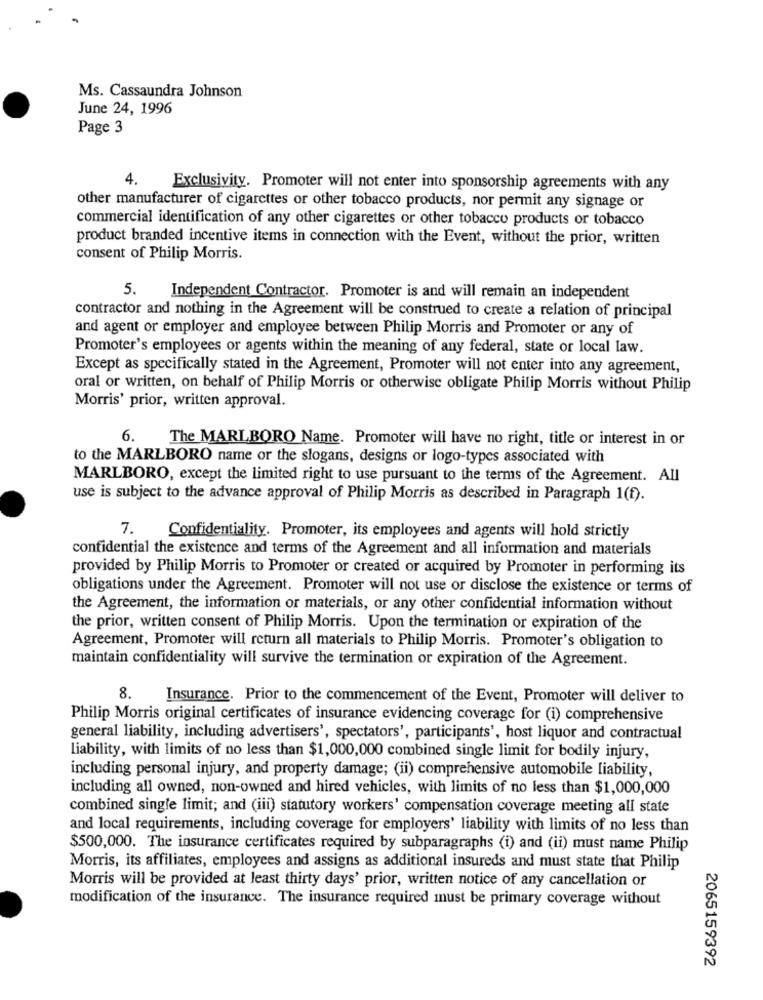
Ms. Cassaundra Johnson
June 24, 1996
Page 3
4.
Exclusivity. Promoter will not enter into sponsorship agreements with any
other manufacturer of cigarettes or other tobacco products, nor permit any signage or
commercial identification of any other cigarettes or other tobacco products or tobacco
product branded incentive items in connection with the Event, without the prior, written
consent of Philip Morris.
5.
Independent Contractor. Promoter is and will remain an independent
contractor and nothing in the Agreement will be construed to create a relation of principal
and agent or employer and employee between Philip Morris and Promoter or any of
Promoter's employees or agents within the meaning of any federal, state or local law.
Except as specifically stated in the Agreement, Promoter will not enter into any agreement,
oral or written, on behalf of Philip Morris or otherwise obligate Philip Morris without Philip
Morris' prior, written approval.
6.
The MARLBORO Name. Promoter will have no right, title or interest in or
to the MARLBORO name or the slogans, designs or logo-types associated with
MARLBORO, except the limited right to use pursuant to the terms of the Agreement. All
use is subject to the advance approval of Philip Morris as described in Paragraph 1(f).
7.
Confidentiality. Promoter, its employees and agents will hold strictly
confidential the existence and terms of the Agreement and all information and materials
provided by Philip Morris to Promoter or created or acquired by Promoter in performing its
obligations under the Agreement. Promoter will not use or disclose the existence or terms of
the Agreement, the information or materials, or any other confidential information without
the prior, written consent of Philip Morris. Upon the termination or expiration of the
Agreement, Promoter will return all materials to Philip Morris. Promoter's obligation to
maintain confidentiality will survive the termination or expiration of the Agreement.
8.
Insurance. Prior to the commencement of the Event, Promoter will deliver to
Philip Morris original certificates of insurance evidencing coverage for (i) comprehensive
general liability, including advertisers', spectators', participants', host liquor and contractual
Liability, with limits of no less than $1,000,000 combined single limit for bodily injury,
including personal injury, and property damage; (ii) comprehensive automobile liability,
including all owned, non-owned and hired vehicles, with limits of no less than $1,000,000
combined single limit; and (iii) statutory workers' compensation coverage meeting all state
and local requirements, including coverage for employers' liability with limits of no less than
$500,000. The insurance certificates required by subparagraphs (i) and (ii) must name Philip
Morris, its affiliates, employees and assigns as additional insureds and must state that Philip
Morris will be provided at least thirty days' prior, written notice of any cancellation or
modification of the insurance. The insurance required must be primary coverage without
2065159392